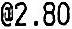
@2.80